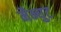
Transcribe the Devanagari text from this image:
मैन्युट